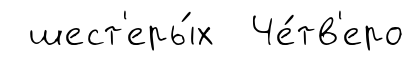
шест'еры́х Че́тв'еро